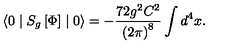
\langle 0 \mid S _ { g } \left[ \Phi \right] \mid 0 \rangle = - \frac { 7 2 g ^ { 2 } C ^ { 2 } } { \left( 2 \pi \right) ^ { 8 } } \int d ^ { 4 } x .